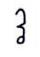
វ